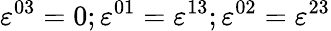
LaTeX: \varepsilon^{03}=0;\varepsilon^{01}=\varepsilon^{13};\varepsilon^{02}=\varepsilon^{23}